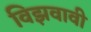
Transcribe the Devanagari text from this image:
विझवावी